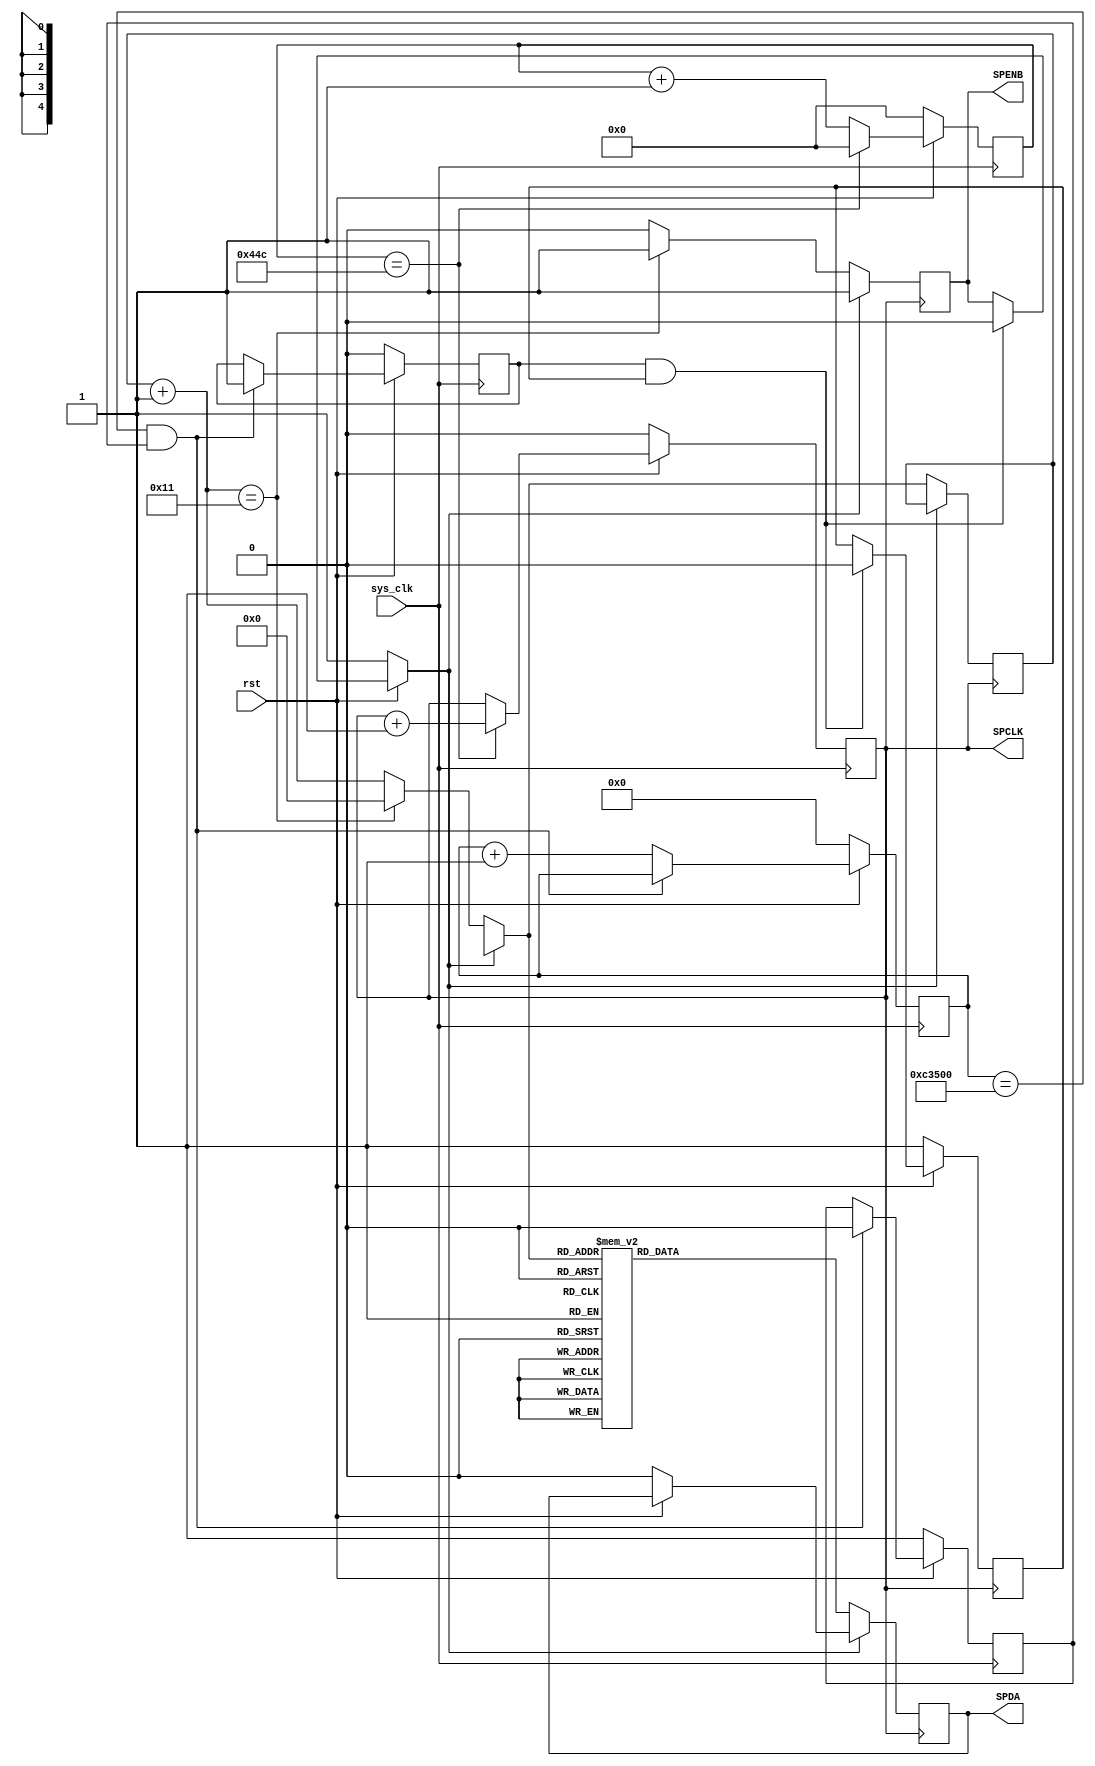

//Modulo de envio de comandos seriales para la activacin del backlight

module SerCom_LCD(
	
	input sys_clk,
	input rst,

	output reg SPDA,
	output reg SPCLK,
	output reg SPENB
);

reg [4:0] counter2=0;
reg [11:0] counter1=0;
reg [19:0] counterFLAG=0;
reg FLAG;
reg FLAG2;
reg FLAG3;

initial begin 
SPCLK = 0;
SPENB = 1;
SPDA  = 0;
FLAG3 = 1;
FLAG2 = 1;
FLAG  = 0;
end



parameter A6=0;
parameter RW=0;
parameter A5=0;
parameter A4=0;
parameter A3=0;
parameter A2=1;	
parameter A1=0;	
parameter A0=1;
parameter D7=0;
parameter D6=1;
parameter D5=0;
parameter D4=1;
parameter D3=1;
parameter D2=1;
parameter D1=1;
parameter D0=1;
	
/// div for ~23Khz

always@(posedge sys_clk ) begin
if(~rst) begin counter1=0; SPCLK=0; end
else begin
	if(counter1==1100)begin counter1=0; SPCLK=SPCLK+1;end
	else begin counter1=counter1+1;end
		end
end

// counter to delay 16ms
always@(posedge sys_clk)begin
if(~rst)begin counterFLAG=0; FLAG2=1; FLAG=0; end
	else begin
		if(counterFLAG==800000 && FLAG2)begin 
			FLAG=1;
			FLAG2=0;			
			end
		else counterFLAG=counterFLAG+1;
	end
end
//////////////////////////////////////////////////////////////////////////////////////////////////////////////
//logic -> send command serial to device
always @(negedge SPCLK)begin
if(~rst) begin SPDA=0;FLAG3=1; SPENB = 1; end
else begin
if(FLAG && FLAG3) begin SPENB = 0; FLAG3=0;end
end
if(~SPENB)begin
	counter2=counter2+1;
	if(counter2==17) begin SPENB=1; counter2=0; end
		case (counter2)
			5'd1:	SPDA=0;
			5'd2:	SPDA=0;
			5'd3:	SPDA=0;
			5'd4:	SPDA=0;
			5'd5:	SPDA=0;
			5'd6:	SPDA=1;	
			5'd7:	SPDA=0;	
			5'd8:	SPDA=1;
			5'd9:	SPDA=0;
			5'd10:	SPDA=1;
			5'd11:	SPDA=0;
			5'd12:	SPDA=1;
			5'd13:	SPDA=1;
			5'd14:	SPDA=1;
			5'd15:	SPDA=1;
			5'd16:	SPDA=1;
			default : SPDA=D0;		
		endcase
	end
end
/////////////////////////////



endmodule